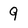
Character: 9